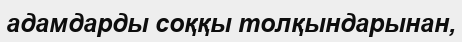
адамдарды соққы толқындарынан,